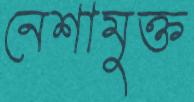
নেশামুক্ত